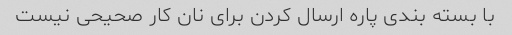
با بسته بندی پاره ارسال کردن برای نان کار صحیحی نیست